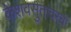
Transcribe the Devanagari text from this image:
केशवसुतांवरची